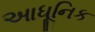
આધૂનિક